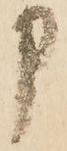
申